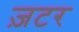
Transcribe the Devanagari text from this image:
ज़टर